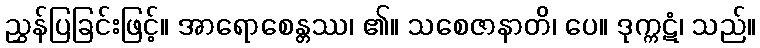
ညွှန်ပြခြင်းဖြင့်။ အာရောစေန္တဿ၊ ၏။ သစေဇာနာတိ၊ ပေ။ ဒုက္ကဋံ၊ သည်။